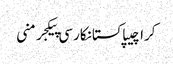
کراچیپاکستانکارسی پیکجرمنی